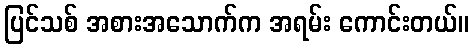
ပြင်သစ် အစားအသောက်က အရမ်း ကောင်းတယ်။